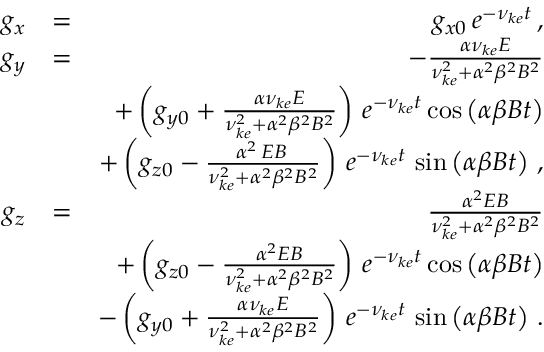
\begin{array} { r l r } { g _ { x } } & { = } & { g _ { x 0 } \, e ^ { - \nu _ { k e } t } \, , } \\ { g _ { y } } & { = } & { - \frac { \alpha \nu _ { k e } E } { \nu _ { k e } ^ { 2 } + \alpha ^ { 2 } \beta ^ { 2 } B ^ { 2 } } } \\ & { } & { + \left( g _ { y 0 } + \frac { \alpha \nu _ { k e } E } { \nu _ { k e } ^ { 2 } + \alpha ^ { 2 } \beta ^ { 2 } B ^ { 2 } } \right) \, e ^ { - \nu _ { k e } t } \cos \left( \alpha \beta B t \right) } \\ & { } & { + \left( g _ { z 0 } - \frac { \alpha ^ { 2 } \, E B \, } { \nu _ { k e } ^ { 2 } + \alpha ^ { 2 } \beta ^ { 2 } B ^ { 2 } } \right) \, e ^ { - \nu _ { k e } t } \, \sin \left( \alpha \beta B t \right) \, , } \\ { g _ { z } } & { = } & { \frac { \alpha ^ { 2 } E B } { \nu _ { k e } ^ { 2 } + \alpha ^ { 2 } \beta ^ { 2 } B ^ { 2 } } } \\ & { } & { + \left( g _ { z 0 } - \frac { \alpha ^ { 2 } E B } { \nu _ { k e } ^ { 2 } + \alpha ^ { 2 } \beta ^ { 2 } B ^ { 2 } } \right) \, e ^ { - \nu _ { k e } t } \cos \left( \alpha \beta B t \right) } \\ & { } & { - \left( g _ { y 0 } + \frac { \alpha \nu _ { k e } E } { \nu _ { k e } ^ { 2 } + \alpha ^ { 2 } \beta ^ { 2 } B ^ { 2 } } \right) \, e ^ { - \nu _ { k e } t } \, \sin \left( \alpha \beta B t \right) \, . } \end{array}